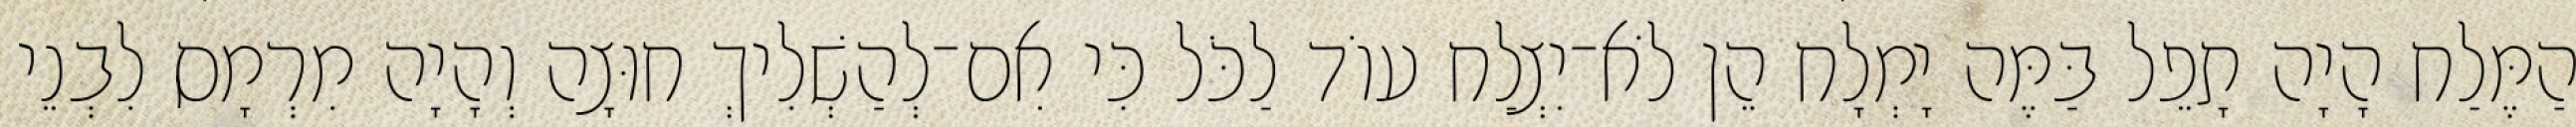
הַמֶּלַח הָיָה תָפֵל בַּמֶּה יָמְלָח הֵן לֹא־יִצְלַח עוֹד לַכֹּל כִּי אִם־לְהַשְׁלִיךְ חוּצָה וְהָיָה מִרְמָס לִבְנֵי